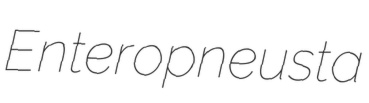
Enteropneusta